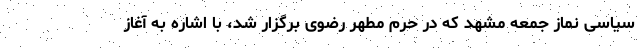
سیاسی نماز جمعه مشهد که در حرم مطهر رضوی برگزار شد، با اشاره به آغاز